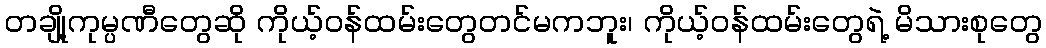
တချို့ကုမ္ပဏီတွေဆို ကိုယ့်ဝန်ထမ်းတွေတင်မကဘူး၊ ကိုယ့်ဝန်ထမ်းတွေရဲ့ မိသားစုတွေ